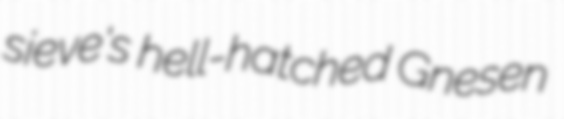
sieve's hell-hatched Gnesen